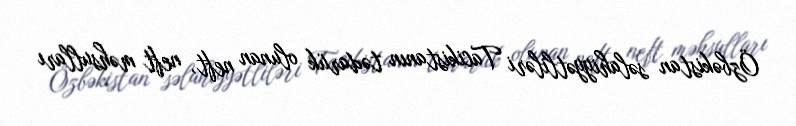
Özbəkistan səlahiyyətliləri Tacikistanın tədarük olunan neft, neft məhsulları